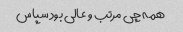
همه چی مرتب و عالی بود سپاس